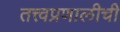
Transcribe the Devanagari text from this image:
तत्त्वप्रणालीची